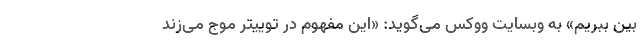
بین ببریم» به وبسایت ووکس می‌گوید: «این مفهوم در توییتر موج می‌زند